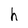
Character: e